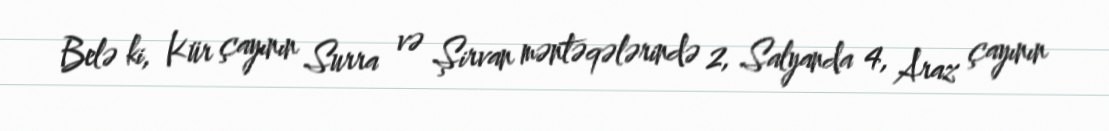
Belə ki, Kür çayının Surra və Şirvan məntəqələrində 2, Salyanda 4, Araz çayının